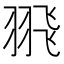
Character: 𦐭